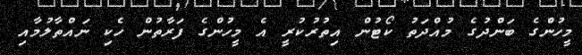
މީހުންގެ ބަންދުގެ މުއްދަތު ކޯޓުން އިތުރުކުރީ އެ މީހުންގެ ފަރާތުން ހެކި ނައްތާލުމާއި